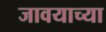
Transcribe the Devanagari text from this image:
जावयाच्या